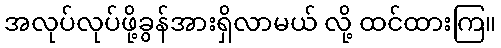
အလုပ်လုပ်ဖို့ခွန်အားရှိလာမယ် လို့ ထင်ထားကြ။